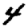
Digit: 4